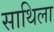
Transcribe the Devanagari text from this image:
साथिला